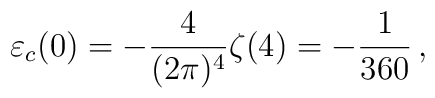
\varepsilon_{c} (0) = -\frac{4}{(2\pi)^4} \zeta(4) = -{1\over 360}\,,